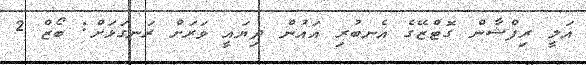
އަލީ ރިފްޝާން ގޮޓްޒޭގެ އެނބުރި އައުން ދިޔައީ ވަރަށް ރަނގަޅަށް: ބޯޒް 2